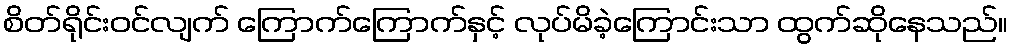
စိတ်ရိုင်းဝင်လျက် ကြောက်ကြောက်နှင့် လုပ်မိခဲ့ကြောင်းသာ ထွက်ဆိုနေသည်။